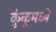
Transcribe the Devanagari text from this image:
कुंकूमध्ये